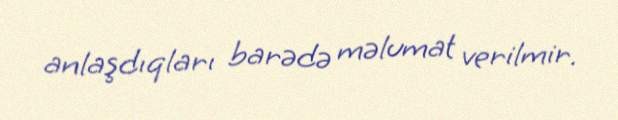
anlaşdıqları barədə məlumat verilmir.